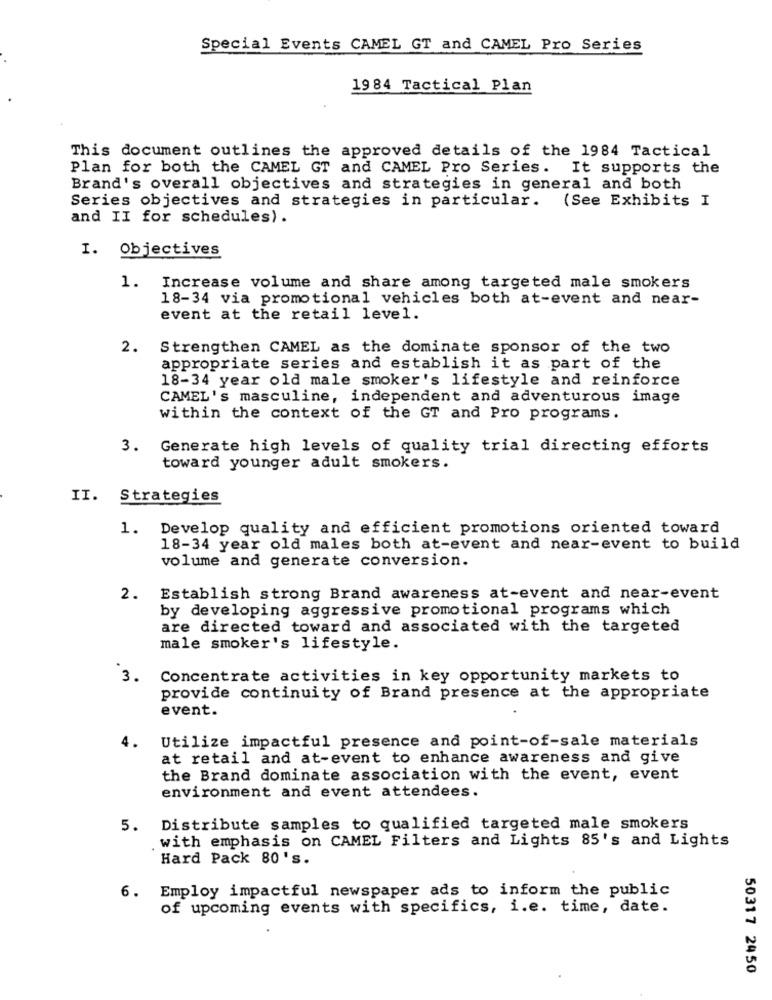
Special Events CAMEL GT and CAMEL Pro Series
1984 Tactical Plan
This document outlines the approved details of the 1984 Tactical
Plan for both the CAMEL GT and CAMEL Pro Series. It supports the
Brand's overall objectives and strategies in general and both
Series objectives and strategies in particular. (See Exhibits I
and II for schedules).
I. Objectives
1. Increase volume and share among targeted male smokers
18-34 via promotional vehicles both at-event and near-
event at the retail level.
2. Strengthen CAMEL as the dominate sponsor of the two
appropriate series and establish it as part of the
18-34 year old male smoker's lifestyle and reinforce
CAMEL's masculine, independent and adventurous image
within the context of the GT and Pro programs.
3. Generate high levels of quality trial directing efforts
toward younger adult smokers.
II. Strategies
1. Develop quality and efficient promotions oriented toward
18-34 year old males both at-event and near-event to build
volume and generate conversion.
2. Establish strong Brand awareness at-event and near-event
by developing aggressive promotional programs which
are directed toward and associated with the targeted
male smoker's lifestyle.
3.
Concentrate activities in key opportunity markets to
provide continuity of Brand presence at the appropriate
event.
4.
Utilize impactful presence and point-of-sale materials
at retail and at-event to enhance awareness and give
the Brand dominate association with the event, event
environment and event attendees.
5. Distribute samples to qualified targeted male smokers
. with emphasis on CAMEL Filters and Lights 85's and Lights
Hard Pack 80's.
6. Employ impactful newspaper ads to inform the public
of upcoming events with specifics, i.e. time, date.
50317 2450